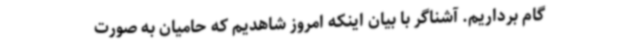
گام برداریم. آشناگر با بیان اینکه امروز شاهدیم که حامیان به صورت